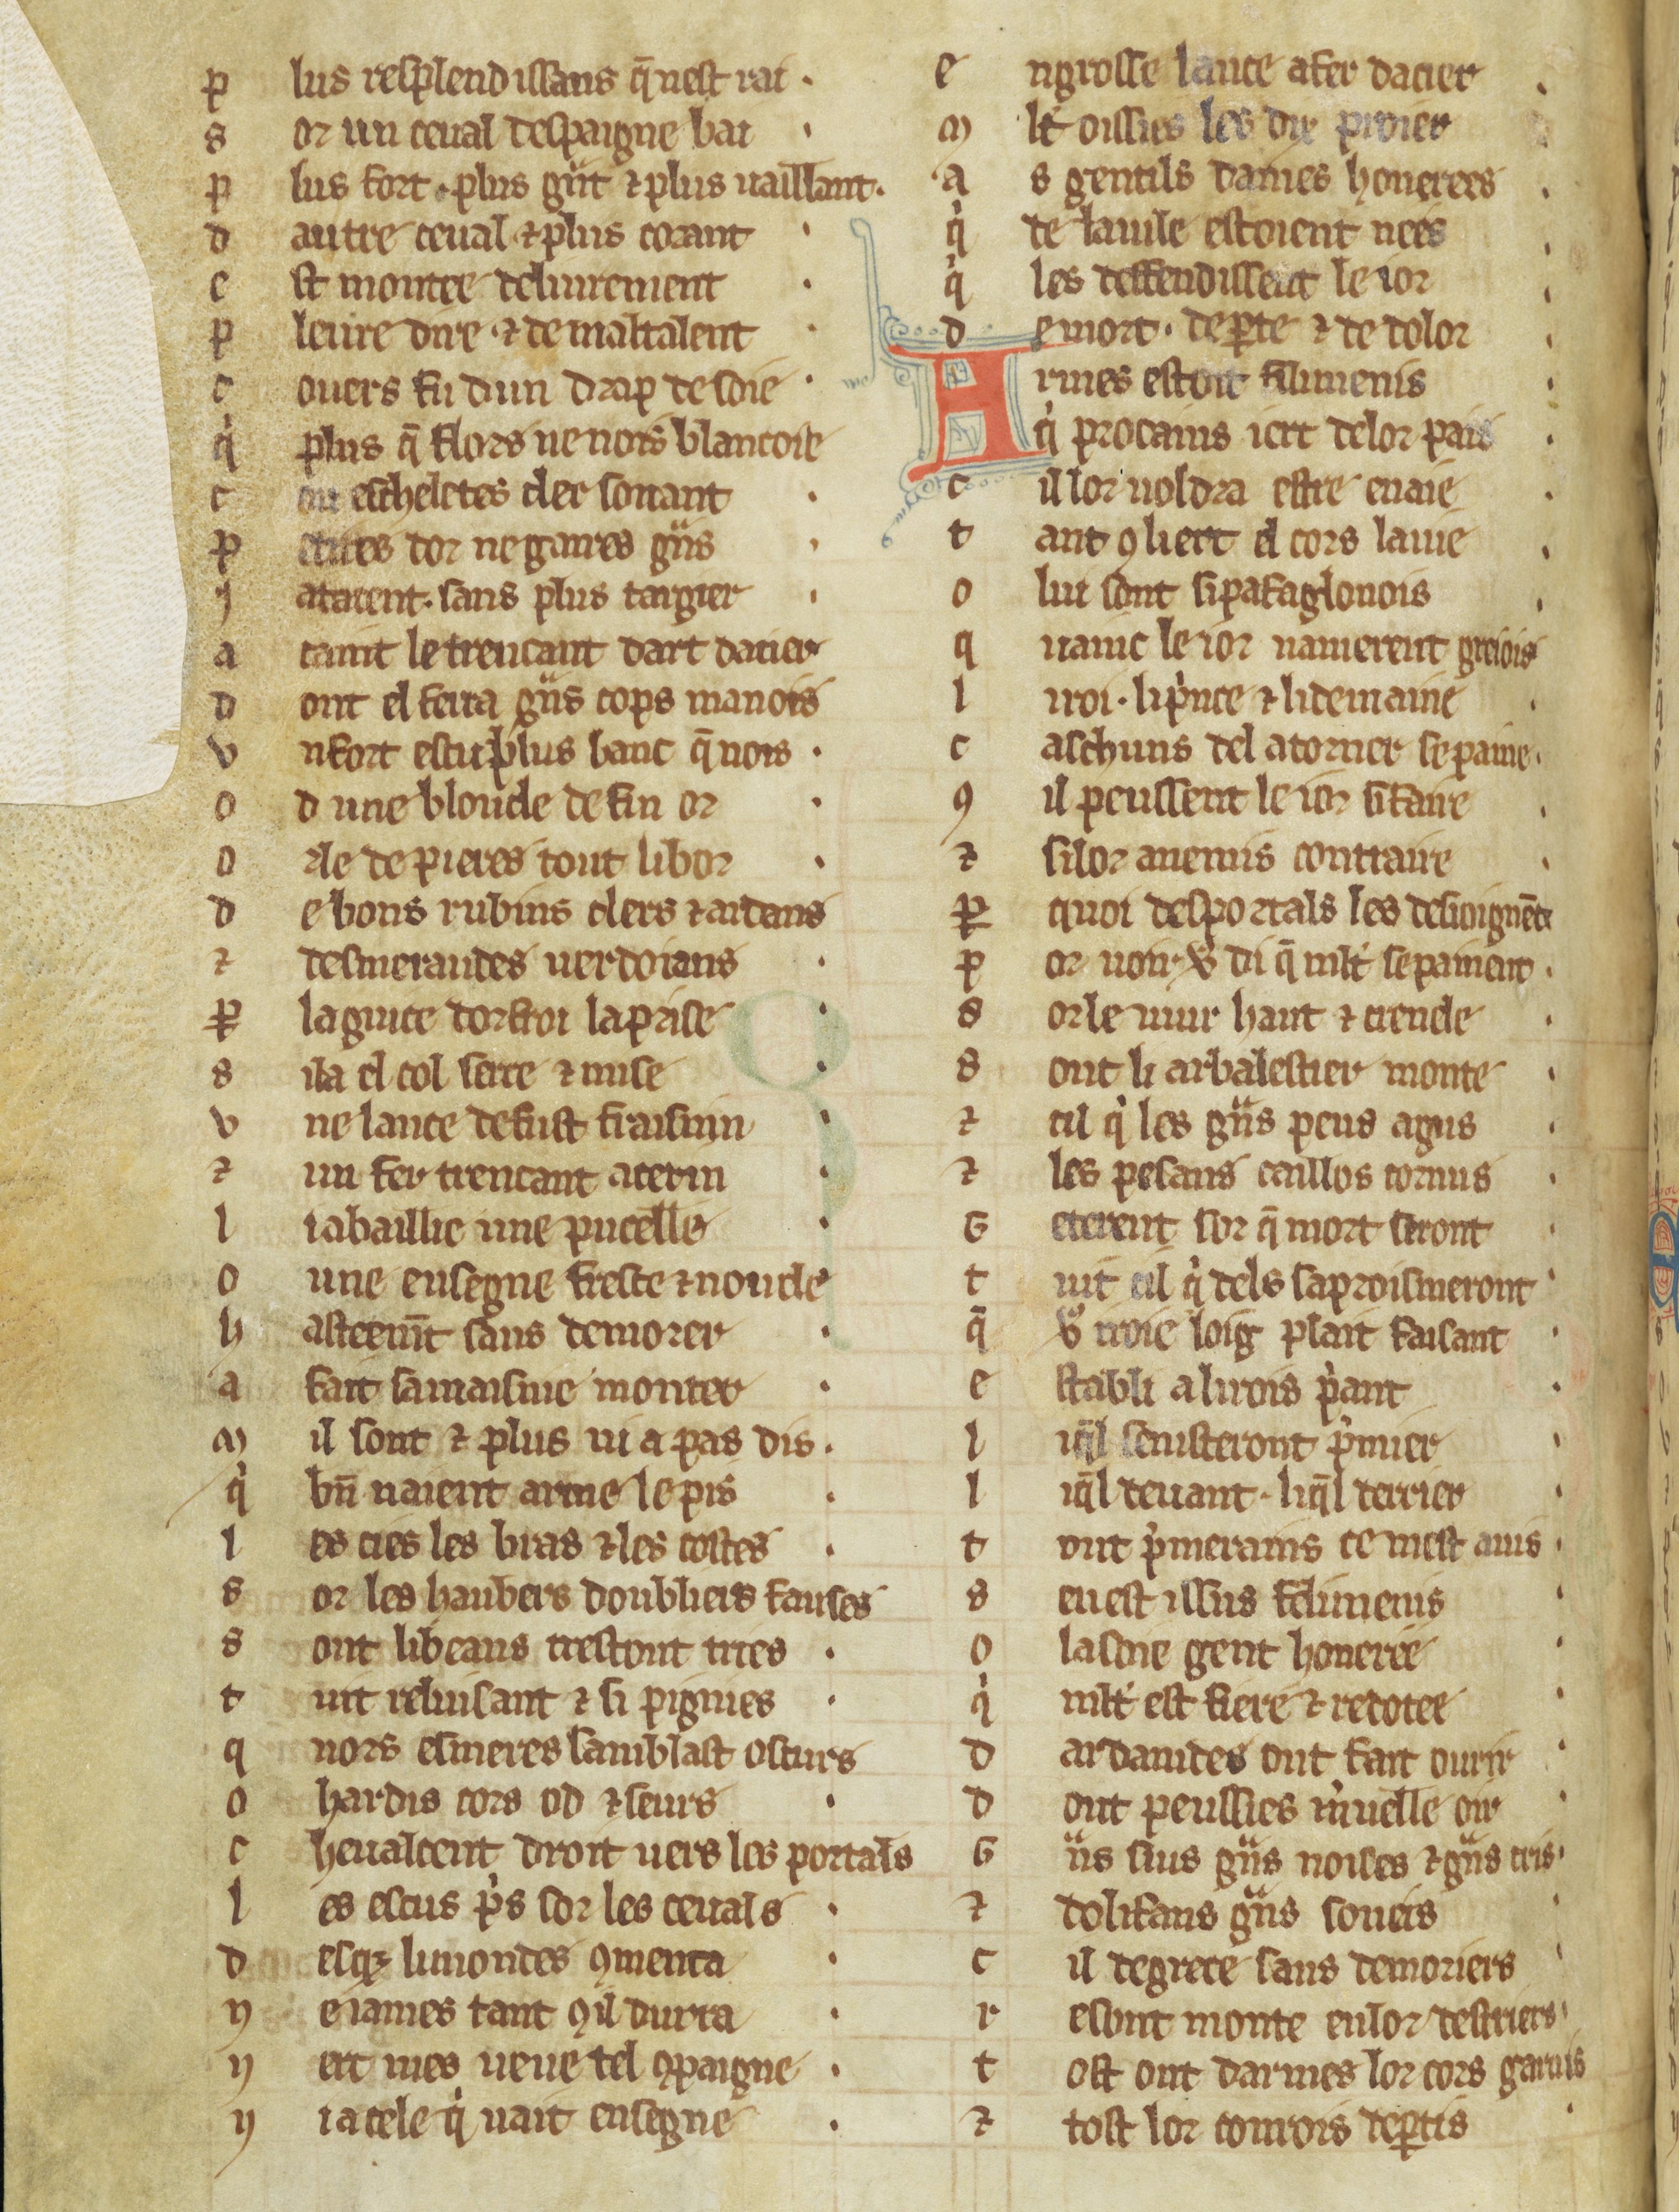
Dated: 1270–1299